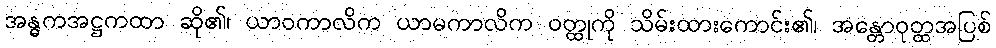
အန္ဓကအဋ္ဌကထာ ဆို၏၊ ယာဝကာလိက ယာမကာလိက ဝတ္ထုကို သိမ်းထားကောင်း၏၊ အန္တောဝုတ္ထအပြစ်